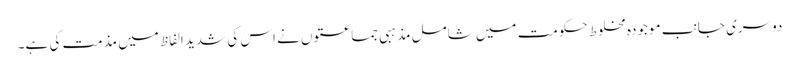
دوسری جانب موجودہ مخلوط حکومت میں شامل مذہبی جماعتوں نے اس کی شدید الفاظ میں مذمت کی ہے۔